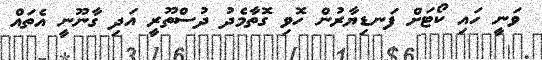
ވަނީ ހައި ކޯޓަށް ފަނޑިޔާރުން ހޮވި ގޮތާމެދު ދުސްތޫރީ އަދި ގާނޫނީ އެތައް